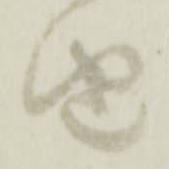
由